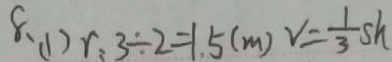
8 、 ( 1 ) r : 3 \div 2 = 1 . 5 ( m ) V = \frac { 1 } { 3 } s h